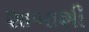
શાબાશી